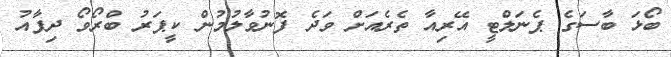
ބޯޅަ ބާސަގެ ޕެނަލްޓީ އޭރިއާ ތެރެއަށް ވަދެ ފޮނުވާލުމުން ކީޕަރު ބްރޯވޯ ދިފާއު